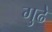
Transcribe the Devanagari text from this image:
गुढे